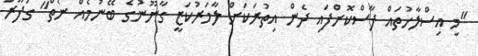
"މި އިސްލާހުތައް ފާސްކޮށްފައި ދެން އިތުރަކަށް ލާމަރުކަޒީ ގާނޫނުގެ ބޭނުމެއް ނެތް" ގަފޫރު